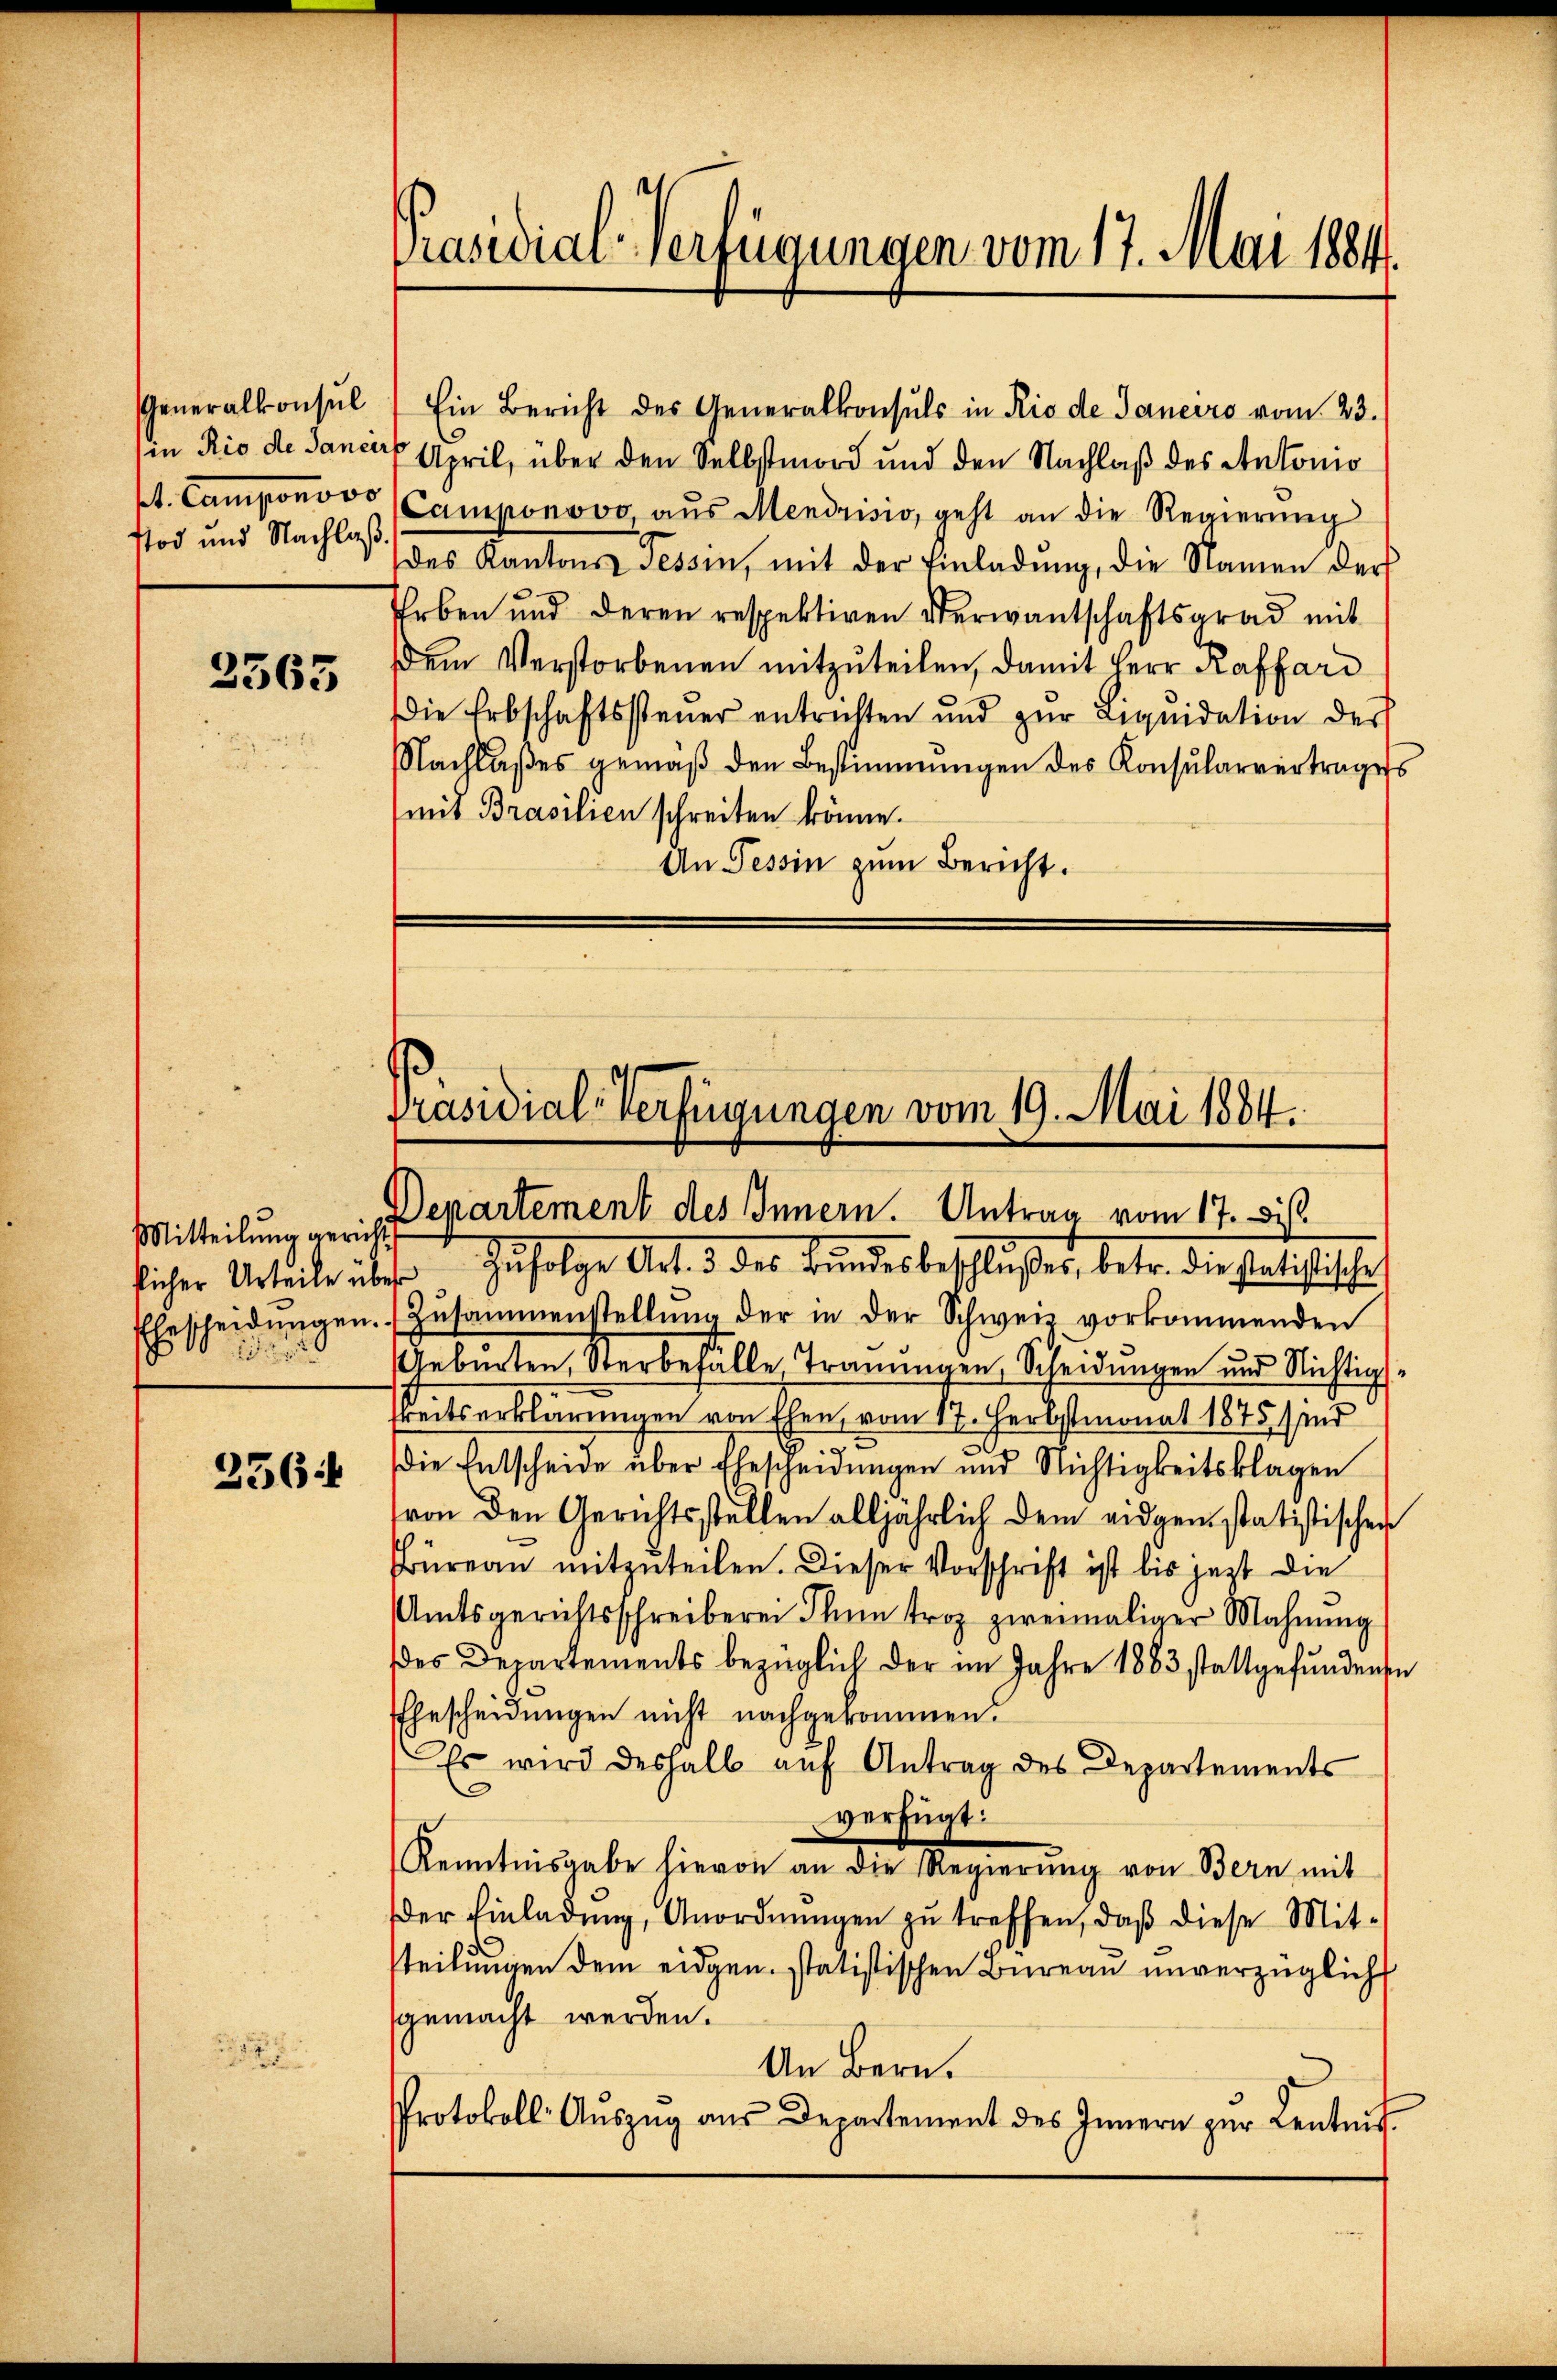
stod und Nachlaß.

2565

Mitteilung gericht

356

Generalkonsŭl) Ein Bericht des Generalkonsuls in Rio de Janeiro vom 23.
in Rio de Sander April, über den Selbstmord und den Nachlaß des Antonio
M. Camponovo (Camponovo aŭs Mendrisio, geht an die Regierŭng
des Kantons Tessin, mit der Einladŭng, die Namen der
Erben und deren respektiven Verwantschaftsgrad mit
dem Verstorbenen mitzuteilen, damit Herr Raffard
die Erbschaftssteŭer entrichten und zŭr Liqŭidation der
Nachlaßes gemäß den Bestimmungen des Konsularvertrages
mit Brasilien schreiten könne.
An Tessin zum Bericht.

Präsidial-Verfügungen vom 17. Mai 1884.

Präsidial-Verfügungen vom 19. Mai 1884.
Departement des Innern. Antrag vom 17. Dist

licher Urteile über zŭfolge Art. 3 des Bŭndesbeschlŭβes, betr. die statistische
Ehescheidŭngen. Zŭsammenstellŭng der in der Schweiz vorkommenden
eburten, Sterbefälle Trauungen, Scheidungen und Nichtig
keitserklärungen von Ehen, vom 17. Herbstmonat 1875 sind
—
die Entscheide über Ehescheidungen und Nichtigkeitsklagen
von den Gerichtsstellen alljährlich dem eidgen statistischen
Büreau mitzuteilen. Dieser Vorschrift ist bis jetzt die
Amtsgerichtsschreiberei Ihn troz zweimaliger Mahnŭng
des Departements bezüglich der im Jahre 1883 stattgefundenen
Ehescheidungen nicht nachgekommen.
Es wird deshalb auf Antrag des Departements
verfügt:
Kenntnisgabe hievon an die Regierung von Bern mit
der Einladŭng, Anordnŭngen zŭ treffen, daβ diese Mit-
steilungen dem eidgen. statistischen Bureau unverzüglich
gemacht werden.
An Bern.
Protokoll- Aŭszŭg aŭs Departement des Innern zŭr Lentnis.